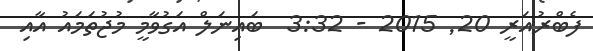
ފެބްރުއަރީ 20